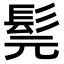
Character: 髨